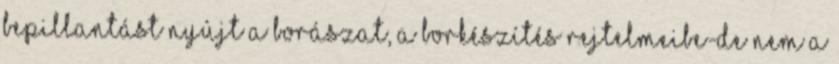
bepillantást nyújt a borászat, a borkészítés rejtelmeibe-de nem a